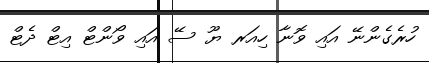
ހުރެގެންނޭ އައި ވޮނާ ހިއަރ ޔޫ ސޭ އައި ވޯންޓް އިޓް ދެޓް